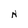
Character: N